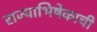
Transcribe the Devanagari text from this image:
राज्याभिषेकाची